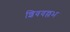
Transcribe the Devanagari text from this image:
शिववल्लभ